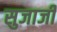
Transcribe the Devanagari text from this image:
सुजाजी